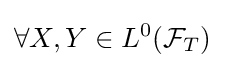
\forall X,Y\in L^{0}({\mathcal {F}}_{T})